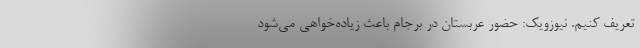
تعریف کنیم. نیوزویک: حضور عربستان در برجام باعث زیاده‌خواهی می‌شود